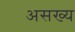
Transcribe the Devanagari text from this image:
असख्य